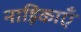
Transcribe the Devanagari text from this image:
नाड़िकाएँ